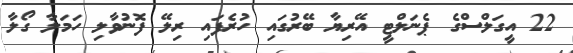
22 އީގަލްސްގެ ޕެނަލްޓީ އޭރިޔާ ބޭރުގައި ހުރެފައި ރިލޭ ފޮނުވާލި ހަމަލާ ގޯލާ